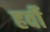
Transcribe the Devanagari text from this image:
हर्वी